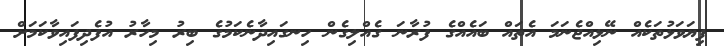
ފިޔަވަޅުތަކެއް ނޭޅިއްޖެނަމަ އެތައް ބައެއްގެ ފުރާނަ ގެއްލިގެން ހިނގައިދާނެކަމުގެ ބިރު މިހާރު އުފެދިފައިވާކަމަށް